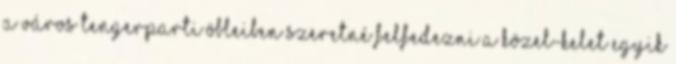
a város tengerparti öbleiben Szeretné felfedezni a Közel-Kelet egyik